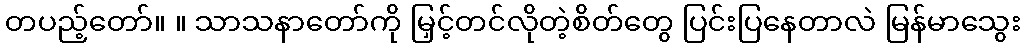
တပည့်တော်။ ။ သာသနာတော်ကို မြှင့်တင်လိုတဲ့စိတ်တွေ ပြင်းပြနေတာလဲ မြန်မာသွေး